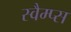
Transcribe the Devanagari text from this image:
स्वैम्प्स